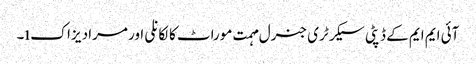
آئی ایم ایم کے ڈپٹی سیکرٹری جنرل مہمت موراٹ کالکانلی اور مراد یزاکı۔